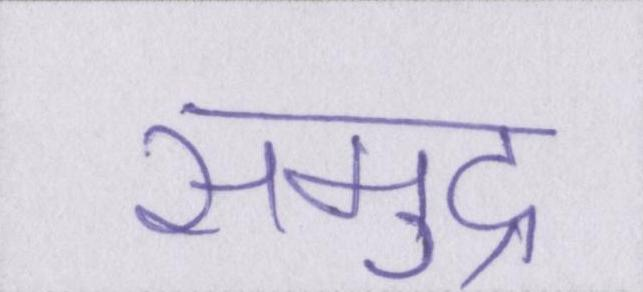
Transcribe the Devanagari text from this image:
समुद्र